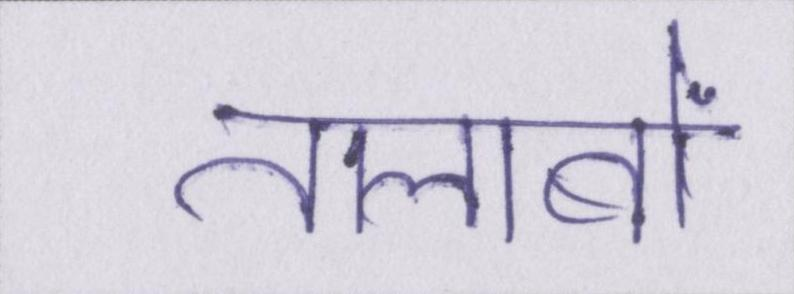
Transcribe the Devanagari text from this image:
तालाबों